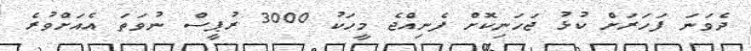
ދެވަނަ ފަހަރަށް ކުޅު ޖަހަނިކޮށް ފެނިއްޖެ މީހަކު 3000 ރުޕީސް ނުވަތަ އެއަށްވުރެ